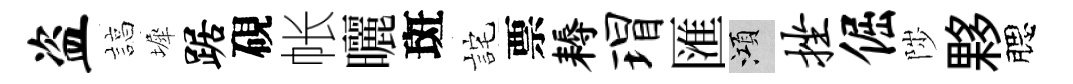
盗諄墀踞硯帐曬斑詫票耨瑁匯澒挫倔陟夥腮